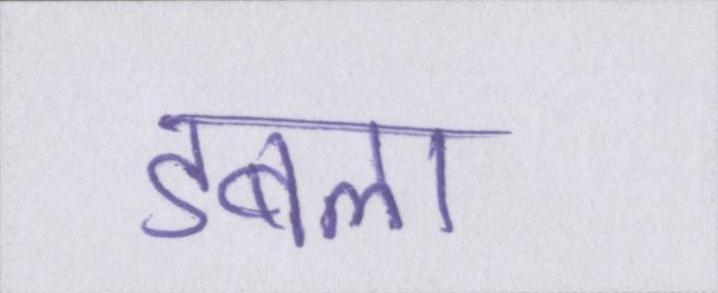
डबला